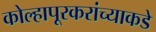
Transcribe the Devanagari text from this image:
कोल्हापूरकरांच्याकडे